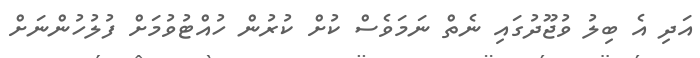
އަދި އެ ބިލު ވުޖޫދުގައި ނެތް ނަމަވެސް ކުށް ކުރުން ހުއްޓުވުމަށް ފުލުހުންނަށް